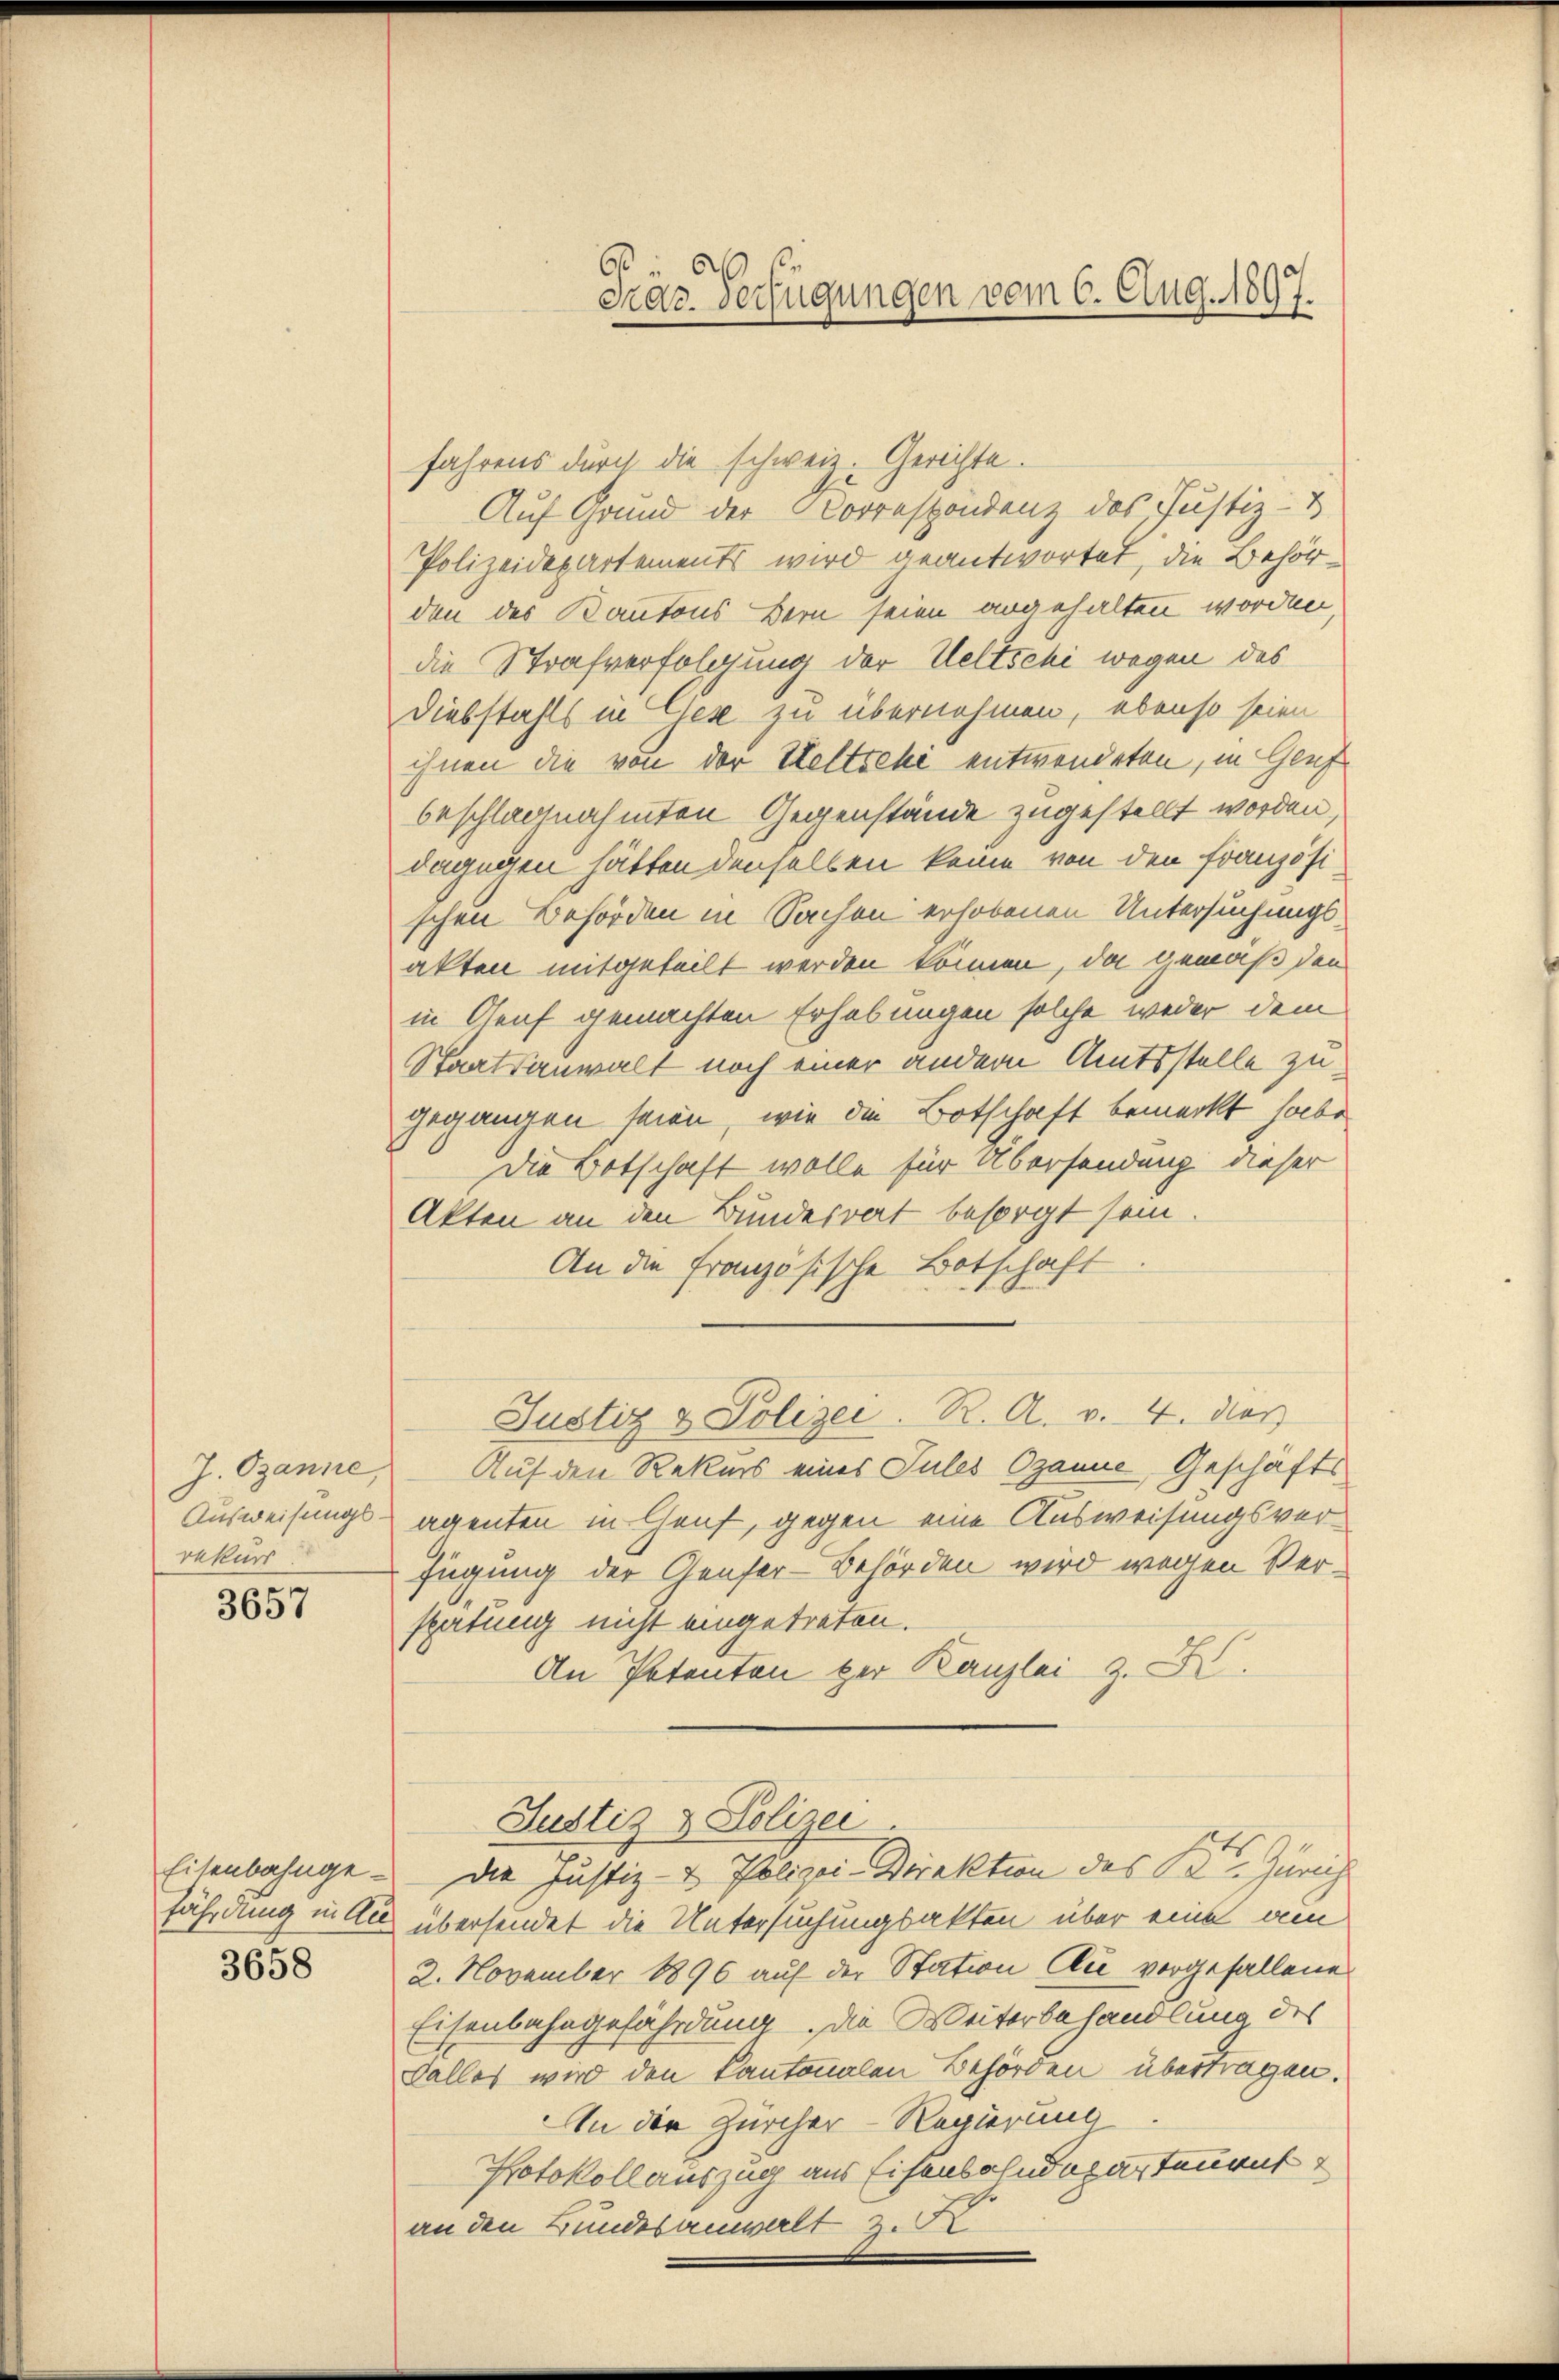
J. Ozanne,
Ausweisungs-
rekurs
3657

Eisenbahngefährdung in Au
3658

Fräz Verfügungen vom 6. Aug. 1897.

fahrens durch die schweiz. Gerichte.
Auf Grund der Korrespondenz des Justiz- &
Polizeidepartements wird geantwortet, die Behörden des Kantons Bern seien angehalten worden
die Strafverfolgung der Weltschi wegen des
Diebstahls in Gese zu übernehmen, ebenso seien
ihnen die von der Heltschi entwendeten, in Genf
beschlagnahmten Gegenstände zugestellt worden,
dagegen hätten denselben keine von den Französischen Behörden in Sachen erhobenen Untersuchungsakten mitgeteilt werden können, da gemäß den
in Genf gemachten Erhebungen solche weder dem
Staatsanwalt noch einer andern Amtsstelle zugegangen seien, wie die Botschaft bemerkt habe.
Die Botschaft wolle für Übersendung dieser
Akten an den Bundesrat besorgt sein.
An die Französische Botschaft
Justiz & Polizei. R. A. v. 4. das
Auf den Rekurs eines Sules Ozanne, Geschäftsagenten in Genf, gegen eine Ausweisungsver¬
Jügung der Genfer-Behörden wird wegen Verspätung nicht eingetreten.
An Petenten der Kanzlei z. Z.
Justiz & Polizei.
Die Justiz- & Polizei-Direktion des Kt. Zürich
übersendet die Untersuchungsakten über eine am
2. November 1896 auf der Station die vorgefallene
Eisenbahngefährdung. Die Weiterbehandlung des
Balles wird den kantonalen Behörden übertragen.
In der Zürcher-Regierung
Protokollauszug aus Eisenbahndepartement
an den Bundesanwalt 2. K